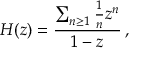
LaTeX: H ( z ) = { \frac { \sum _ { n \geq 1 } { { \frac { 1 } { n } } z ^ { n } } } { 1 - z } } \, ,